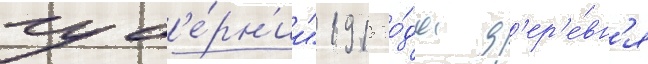
губ'е́рн'ии" 1915 го́да д'ер'е́вн'я